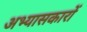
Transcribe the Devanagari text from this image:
अभ्‍यासकारों